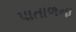
પાતાળના